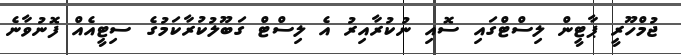
ޖުމްހޫރީ ޕާޓީން ލިސްޓްގައި ސޮއި ނުކުރާއިރު އެ ލިސްޓް ގަބޫލުކުރާކަމުގެ ސިޓީއެއް ފޮނުވާނެ